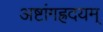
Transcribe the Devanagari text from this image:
अष्टांगह्रदयम्